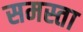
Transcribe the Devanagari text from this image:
समस्ता